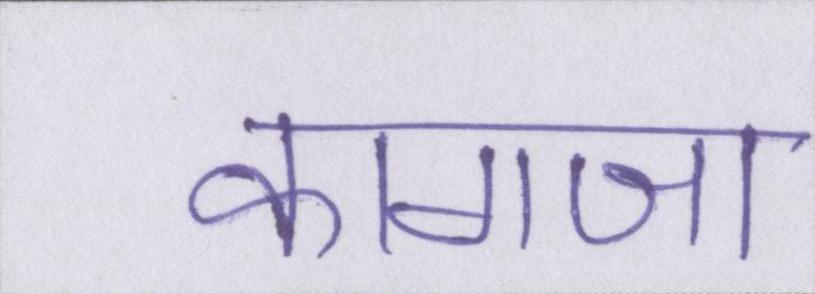
कागजा